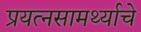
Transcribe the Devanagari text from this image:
प्रयत्‍नसामर्थ्याचे